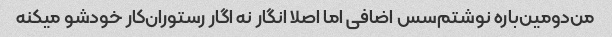
من‌دومین‌باره‌ نوشتم‌سس اضافی اما اصلا انگار نه اگار رستوران‌کار خودشو میکنه